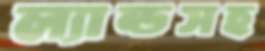
ল্যান্ডসহ